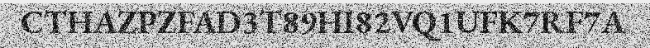
CTHAZPZFAD3T89HI82VQ1UFK7RF7A